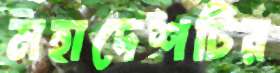
মহাদেশটির